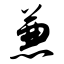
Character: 兼